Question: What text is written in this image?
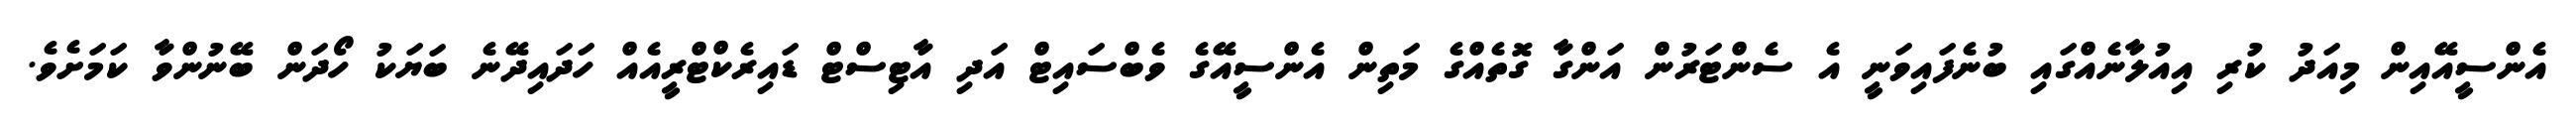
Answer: އެންސީއޭއިން މިއަދު ކުރި އިއުލާނެއްގައި ބުނެފައިވަނީ އެ ސެންޓަރުން އަންގާ ގޮތެއްގެ މަތިން އެންސީއޭގެ ވެބްސައިޓް އަދި އާޓިސްޓް ޑައިރެކްޓްރީއެއް ހަދައިދޭނެ ބަޔަކު ހޯދަން ބޭނުންވާ ކަމަށެވެ.